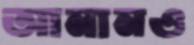
আনানও